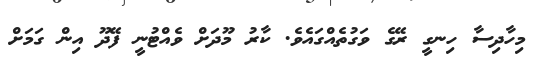
މިހާދިސާ ހިނގީ ރޭގެ ވަގުތެއްގައެވެ. ކާރު މޫދަށް ވެއްޓުނީ ފޭދޫ އިން ގަަމަށް